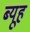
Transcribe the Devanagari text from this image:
ब्यूह